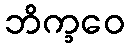
ဘိက္ခဝေ